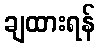
ချထားရန်